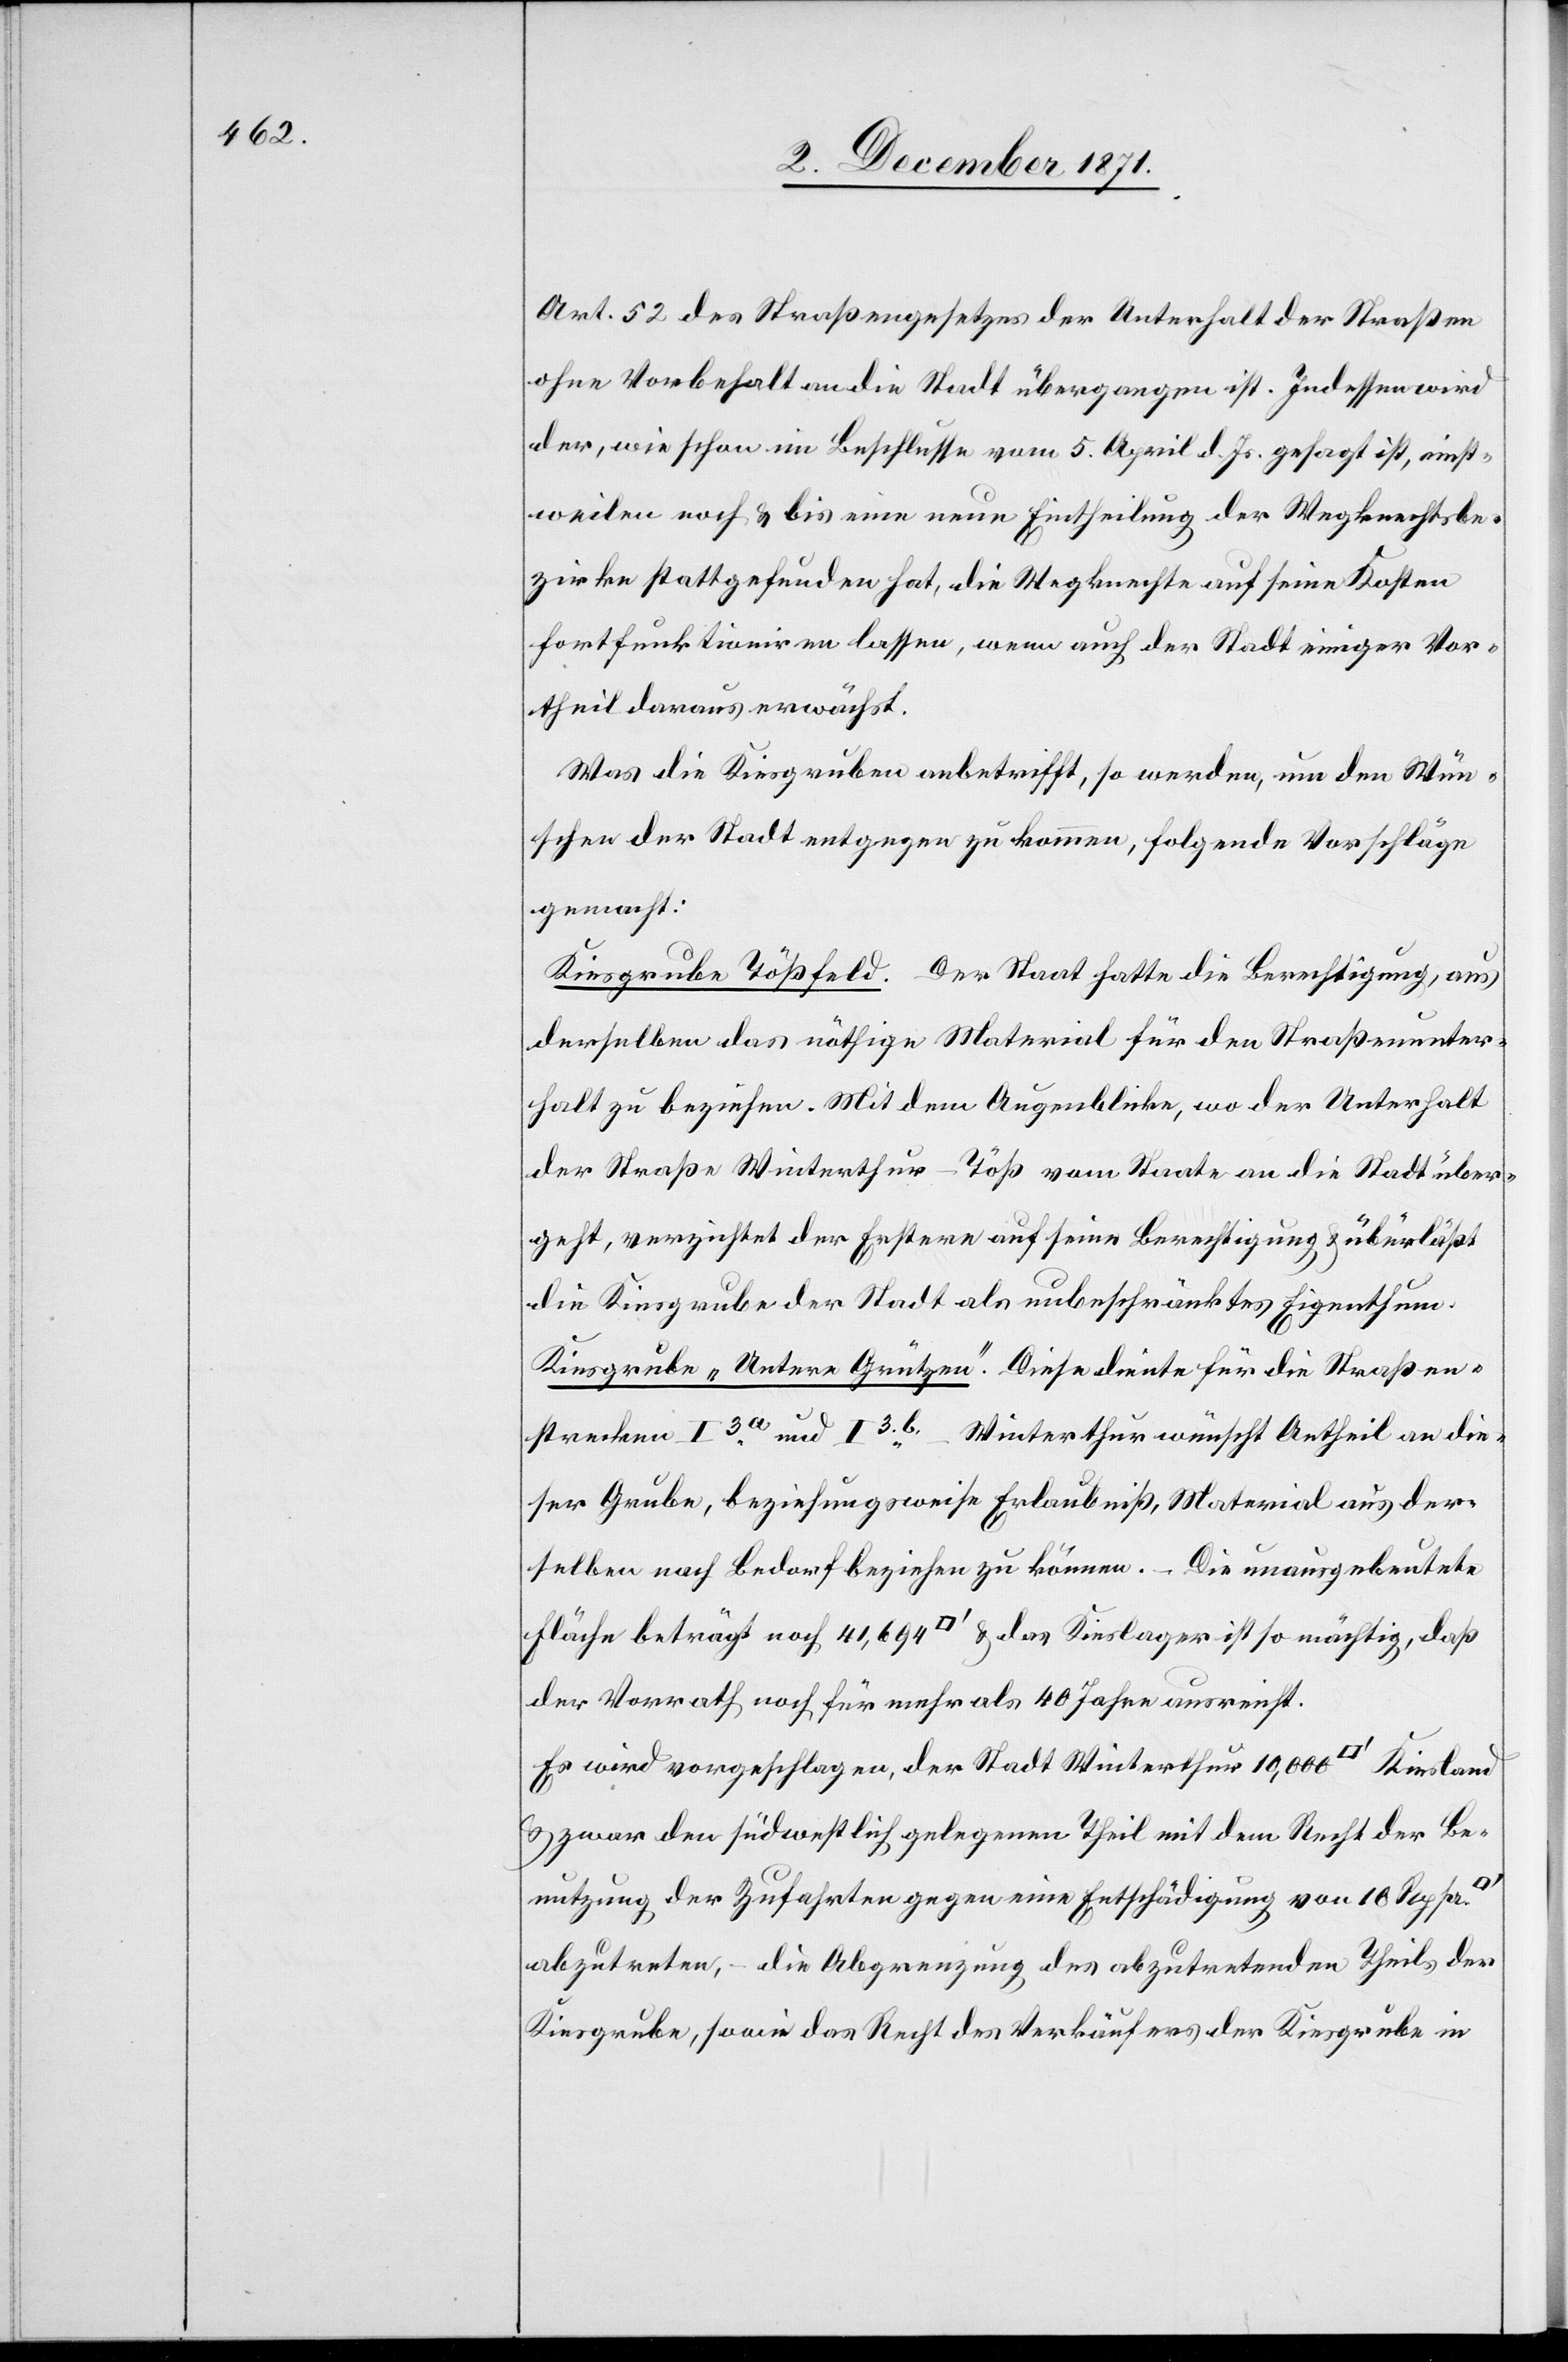
Art. 52 des Straßengesetzes der Unterhalt der Straßen
ohne Vorbehalt an die Stadt übergangen ist. Indessen wird
der, wie schon im Beschlusse vom 5. April d. Js. gesagt ist, einst¬
weilen noch & bis eine neue Eintheilung der Wegknechtsbe¬
zirke stattgefunden hat, die Wegknechte auf seine Kosten
fortfunktioniren lassen, wenn auch der Stadt einiger Vor¬
theil daraus erwächst.
Was die Kiesgrube anbetrifft, so werden, um den Wün¬
schen der Stadt entgegen zu kommen, folgende Vorschläge
gemacht:
Kiesgrube Tößfeld. Der Staat hatte die Berechtigung, aus
derselben das nöthige Material für den Straßenunter¬
halt zu beziehen. Mit dem Augenblicke, wo der Unterhalt
der Straße Winterthur–Töß vom Staate an die Stadt über¬
geht, verzichtet der Erstere auf seine Berechtigung & überläßt
die Kiesgrube der Stadt als unbeschränktes Eigenthum.
Kiesgrube „Untere Grützen“. Diese diente für die Straßen¬
strecke I3.a. und I3.b. – Winterthur wünscht Antheil an die¬
ser Grube, beziehungsweise Erlaubniß, Material aus der¬
selben nach Bedarf beziehen zu können. – Die unausgebeutete
Fläche beträgt noch 41,694 [Quadratfuß] & das Kieslager ist so mächtig, daß
der Vorrath noch für mehr als 40 Jahre ausreicht.
Es wird vorgeschlagen, der Stadt Winterthur 10,000 [Quadratfuß]
& zwar den südwestlich gelegenen Theil mit dem Recht der Be¬
nutzung der Zufahrten gegen eine Entschädigung von 10 Rp. pr.
abzutreten, – die Abgrenzung des abzutretenden Theils der
Kiesgrube, sowie das Recht des Verkäufers der Kiesgrube in